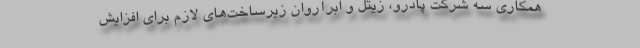
همکاری سه شرکت پادرو، زیتل و ابرآروان زیرساخت‌های لازم برای افزایش